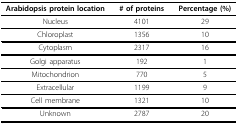
<table><thead><tr><td><b>Arabidopsis protein location</b></td><td><b># of proteins</b></td><td><b>Percentage (%)</b></td></tr></thead><tbody><tr><td>Nucleus</td><td>4101</td><td>29</td></tr><tr><td>Chloroplast</td><td>1356</td><td>10</td></tr><tr><td>Cytoplasm</td><td>2317</td><td>16</td></tr><tr><td>Golgi apparatus</td><td>192</td><td>1</td></tr><tr><td>Mitochondrion</td><td>770</td><td>5</td></tr><tr><td>Extracellular</td><td>1199</td><td>9</td></tr><tr><td>Cell membrane</td><td>1321</td><td>10</td></tr><tr><td>Unknown</td><td>2787</td><td>20</td></tr></tbody></table>